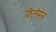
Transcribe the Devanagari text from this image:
फिलेमन